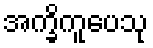
အက္ခိကူပေသု